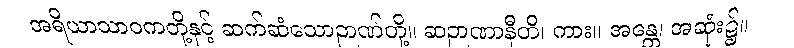
အရိယာသာဝကတို့နှင့် ဆက်ဆံသောဉာဏ်တို့။ ဆဉာဏာနီတိ၊ ကား။ အန္တေ၊ အဆုံး၌။